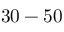
3 0 - 5 0